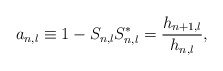
\begin{align*}a_{n,l}\equiv 1-S_{n,l}S_{n,l}^{*}=\frac{h_{n+1,l}}{h_{n,l}},\end{align*}